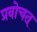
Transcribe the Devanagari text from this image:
प्रवोचत्